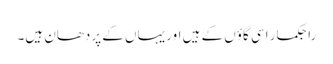
راجکمار اسی گاؤں کے ہیں اور یہاں کے پردھان ہیں۔